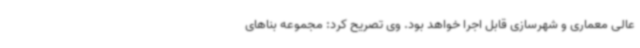
عالی معماری و شهرسازی قابل اجرا خواهد بود. وی تصریح کرد: مجموعه بناهای